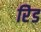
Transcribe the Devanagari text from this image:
रेिड